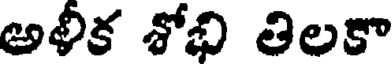
అళీక శోభి తిలకా